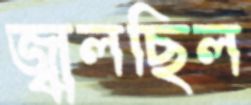
জ্বলছিল